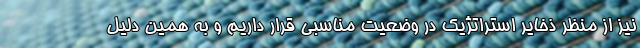
نیز از منظر ذخایر استراتژیک در وضعیت مناسبی قرار داریم و به همین دلیل